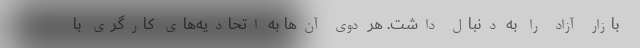
بازار آزاد را به دنبال داشت. هر دوی آن‌ها به اتحادیه‌‌های کارگری با